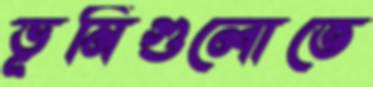
ভূমিগুলোতে